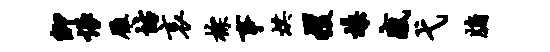
卿恨雁坊哀棕事烘攫燥感弋牖